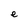
Character: e